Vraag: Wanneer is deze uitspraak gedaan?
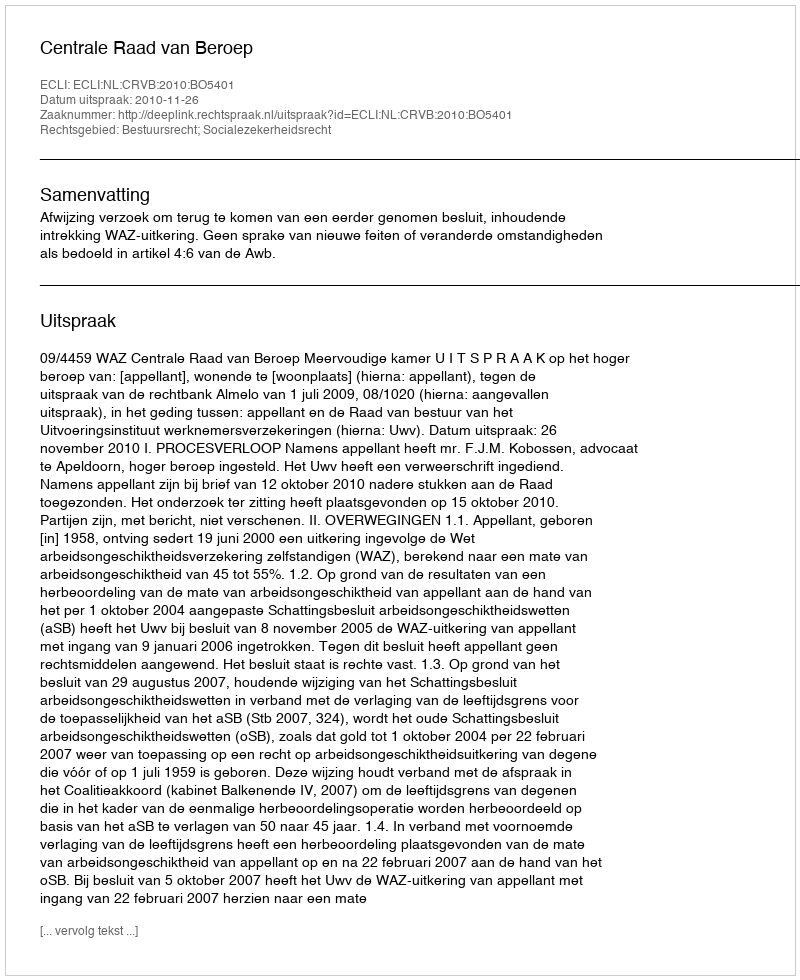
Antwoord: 2010-11-26